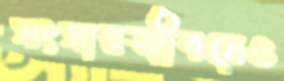
সংসারজীবনেও